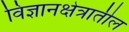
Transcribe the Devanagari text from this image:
विज्ञानक्षेत्रातील